Cholera in southern India
Disease focus: Cholera
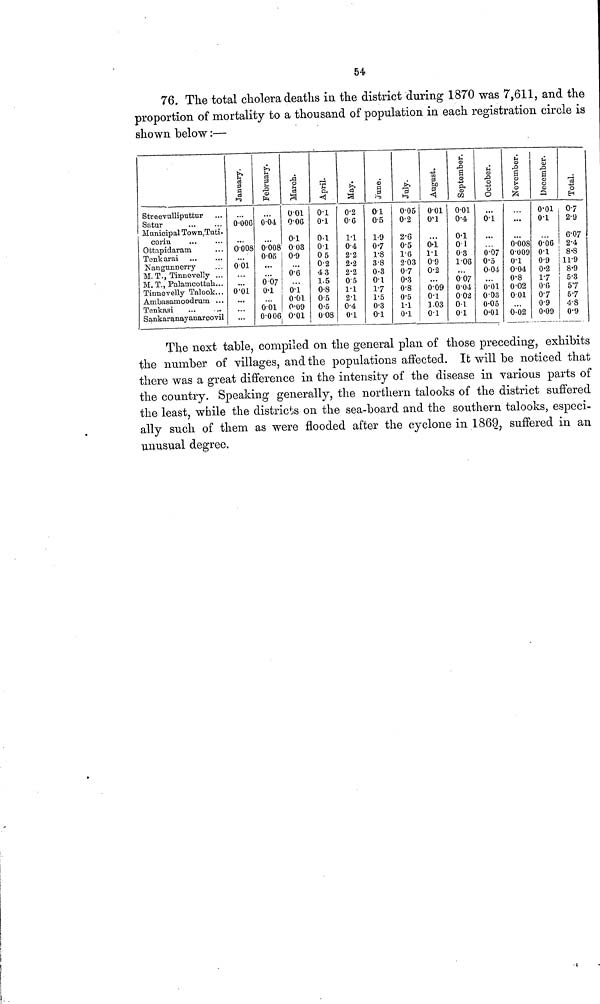
54
76. The total cholera deaths in the district during 1870 was 7,611, and the
proportion of mortality to a thousand of population in each registration circle is
shown below:—
Streevulliputtur ...
Satur
...
...
Municipal Town, Tuti.
corin ... ...
Ottapidaram ...
Tenkarai ... ...
Nangunnerry ...
M. T., Tinnevelly ...
M. T., Palarncottah...
Tinnevelly Talook...
Ambasamoodrum ...
Tenkasi ... ...
Sankaranayanarcovil
January.
...
0.006
...
0.008
...
0.01
...
...
0.0l
...
...
...
February
...
0.04
...
0.008
0.05
...
...
0. 07
0.1
...
0.01
0.006
March
0.01
0.06
0.1
0.03
0·9
...
0·6
...
0.1
0.01
0.09
0.01
April.
0.1
0·1
0.1
0.1
0.5
0·2
4.3
1.5
0·8
0·5
0·5
0.08
May.
0·2
0·6
1.1
0.4
2·2
2·2
2·2
0.5
1.1
2·1
0·4
0·1
June
0.1
0·5
1·9
0·7
l·8
3·8
0·3
0.1
1.7
1·5
0·3
0·1
July.
0.05
0·2
2·6
0·5
l·6
2.03
0·7
0·3
0·8
0·5
1.1
0·1
August
0.01
0.1
...
0.1
1.1
0.9
0·2
...
0.09
0·1
1.03
0·1
September.
0.01
0.4
0·1
0.1
0·3
1·06
...
0.07
0.04
0.02
0.1
0·1
October.
...
0.1
...
...
0.07
0.5
0.04
...
0.01
0.03
0.05
0.01
November.
...
...
...
0.008
0.009
0·1
0.04
0.8
0.02
0.01
...
0.02
December.
0.01
0.1
...
0.06
0.1
0·9
0·2
l·7
0·6
0·7
0·9
0.09
Total.
0.7
2·9
6·07
2·4
8·8
11·9
8·9
5·3
5.7
5.7
4·8
0·9
The next table, compiled on the general plan of those preceding, exhibits
the number of villages, and the populations affected. It will be noticed that
there was a great difference in the intensity of the disease in various parts of
the country. Speaking generally, the northern talooks of the district
suffered
the least, while the districts on the sea-board and the southern talooks, especi-
ally such of them as were
flooded
after the cyclone in 1869, suffered in an
unusual degree.